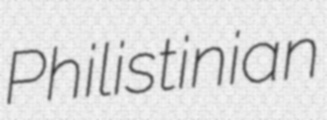
Philistinian